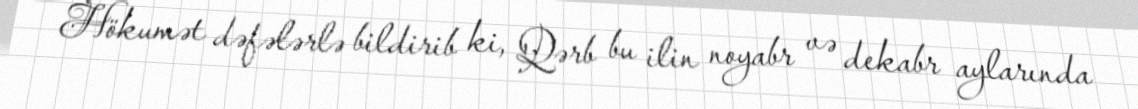
Hökumət dəfələrlə bildirib ki, Qərb bu ilin noyabr və dekabr aylarında